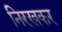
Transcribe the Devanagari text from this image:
निरखकर